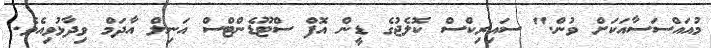
މުއައްސަސާއަކަށް ވުން." ސައިރިކްސް ކޮލެޖުގެ ޑީން އޮފް ސްޓޫޑެންޓްސް އަނިލް އާދަމް ވިދާޅުވިއެވެ.